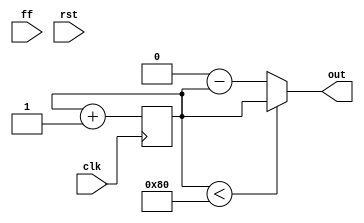
module func_generator(input [2:0] ff, input clk, input rst, output reg [7:0] out);

wire [7:0] square, sawtooth, triangle, rhomboid, sine;
wire [2:0] func;
assign func = 3'b011;

//counter
reg [7:0] cnt;
wire co;

assign co = (cnt == 8'd255);
reg signed [15:0] sin,cos;
wire [15:0]temp;
assign temp = sin + { {6{cos[15]}},cos[15:6]};

always@(posedge clk)
	cnt <= cnt + 1;

always @(posedge clk, posedge rst) begin 
	if (rst) begin
		sin <= 16'd0;
		cos <= 16'd30000;
	end
	else begin
		sin <= temp;
		cos <= cos - { {6{temp[15]}},temp[15:6]};
	end
end

always @(func) case(func)
	3'b000: out = rhomboid;
	3'b001: out = sine;
	3'b010: out = square;
	3'b011: out = triangle;
	3'b100: out = sawtooth;
	//3'b101: out = arbitrary; 
	default: out = 8'd128;
endcase




assign square = (cnt < 8'd128)? 8'd255 : 8'b0;
assign sawtooth = cnt;
assign triangle = cnt < 8'd128 ? cnt : 8'd256 - cnt;
assign rhomboid = cnt[0] ? triangle : -triangle;
assign sine = sin[15:8] + 8'd128;

	

endmodule